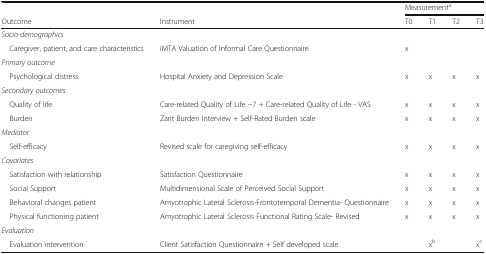
|  |  | <COLSPAN=4> Measurementa |
 | Outcome | Instrument | T0 | T1 | T2 | T3 |
 | --- | --- | --- | --- | --- | --- |
 | <COLSPAN=6> Socio-demographics |
 | Caregiver, patient, and care characteristics | iMTA Valuation of Informal Care Questionnaire | x |  |  |  |
 | <COLSPAN=6> Primary outcome |
 | Psychological distress | Hospital Anxiety and Depression Scale | x | x | x | x |
 | <COLSPAN=6> Secondary outcomes |
 | Quality of life | Care-related Quality of Life −7 + Care-related Quality of Life - VAS | x | x | x | x |
 | Burden | Zarit Burden Interview + Self-Rated Burden scale | x | x | x | x |
 | <COLSPAN=6> Mediator |
 | Self-efficacy | Revised scale for caregiving self-efficacy | x | x | x | x |
 | Covariates |  |  |  |  |  |
 | Satisfaction with relationship | Satisfaction Questionnaire | x | x | x | x |
 | Social Support | Multidimensional Scale of Perceived Social Support | x | x | x | x |
 | Behavioral changes patient | Amyotrophic Lateral Sclerosis-Frontotemporal Dementia- Questionnaire | x | x | x | x |
 | Physical functioning patient | Amyotrophic Lateral Sclerosis Functional Rating Scale- Revised | x | x | x | x |
 | <COLSPAN=6> Evaluation |
 | Evaluation intervention | Client Satisfaction Questionnaire + Self developed scale |  | xb |  | xc |